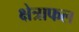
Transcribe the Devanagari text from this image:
क्षेत्राफल